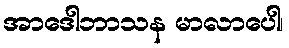
အာဒေါဘာသန မာလာပေါ၊